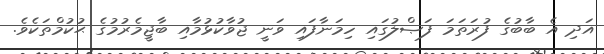
އަދި އެ ބާބުގެ ފުރަތަމަ ފަޞްލުގައި ހިމަނާފައި ވަނީ ޖުވާކުޅުމާއި ބާޖީމެރުމުގެ ޙުކުމްތަކެވެ.